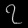
Digit: ၇